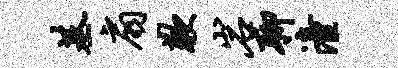
基扇歉岩聊潼